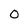
Character: 0